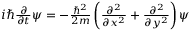
\begin{array} { r } { i \hbar \frac { \partial } { \partial t } \psi = - \frac { \hbar ^ { 2 } } { 2 m } \left( \frac { \partial ^ { 2 } } { \partial x ^ { 2 } } + \frac { \partial ^ { 2 } } { \partial y ^ { 2 } } \right) \psi } \end{array}